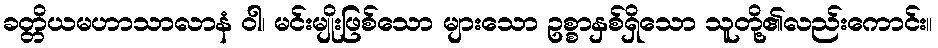
ခတ္တိယမဟာသာလာနံ ဝါ၊ မင်းမျိုးဖြစ်သော များသော ဥစ္စာနှစ်ရှိသော သူတို့၏လည်းကောင်း။